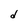
Character: d